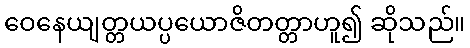
ဝေနေယျတ္တယပ္ပယောဇိတတ္တာဟူ၍ ဆိုသည်။